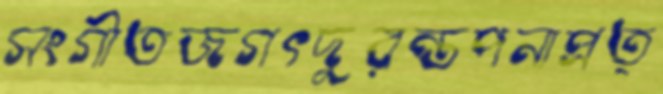
সংগীতজগৎদুরন্তপনাপ্রত্